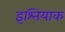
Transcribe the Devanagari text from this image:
इश्तियाक